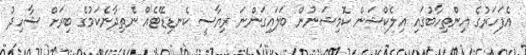
އެފަހަރުގެ އިންތިހާބުގައި އިލެކްޝަން ކޮމިޝަނުން ބަލައިގަންނަ ރިޔާސީ ކެނޑިޑޭޓެއް ނެތިދާނެކަމުގެ ބިރަށް ޝާހިދު